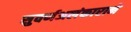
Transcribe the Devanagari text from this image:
सुवर्णअलंकाराने